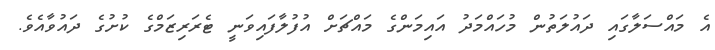
އެ މައްސަލާގައި ދައުލަތުން މުހައްމަދު އައިމަންގެ މައްޗަށް އުފުލާފައިވަނީ ޓެރަރިޒަމްގެ ކުށުގެ ދައުވާއެވެ.